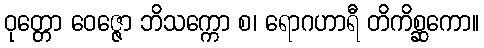
ဝုတ္တော ဝေဇ္ဇော ဘိသက္ကော စ၊ ရောဂဟာရီ တိကိစ္ဆကော။